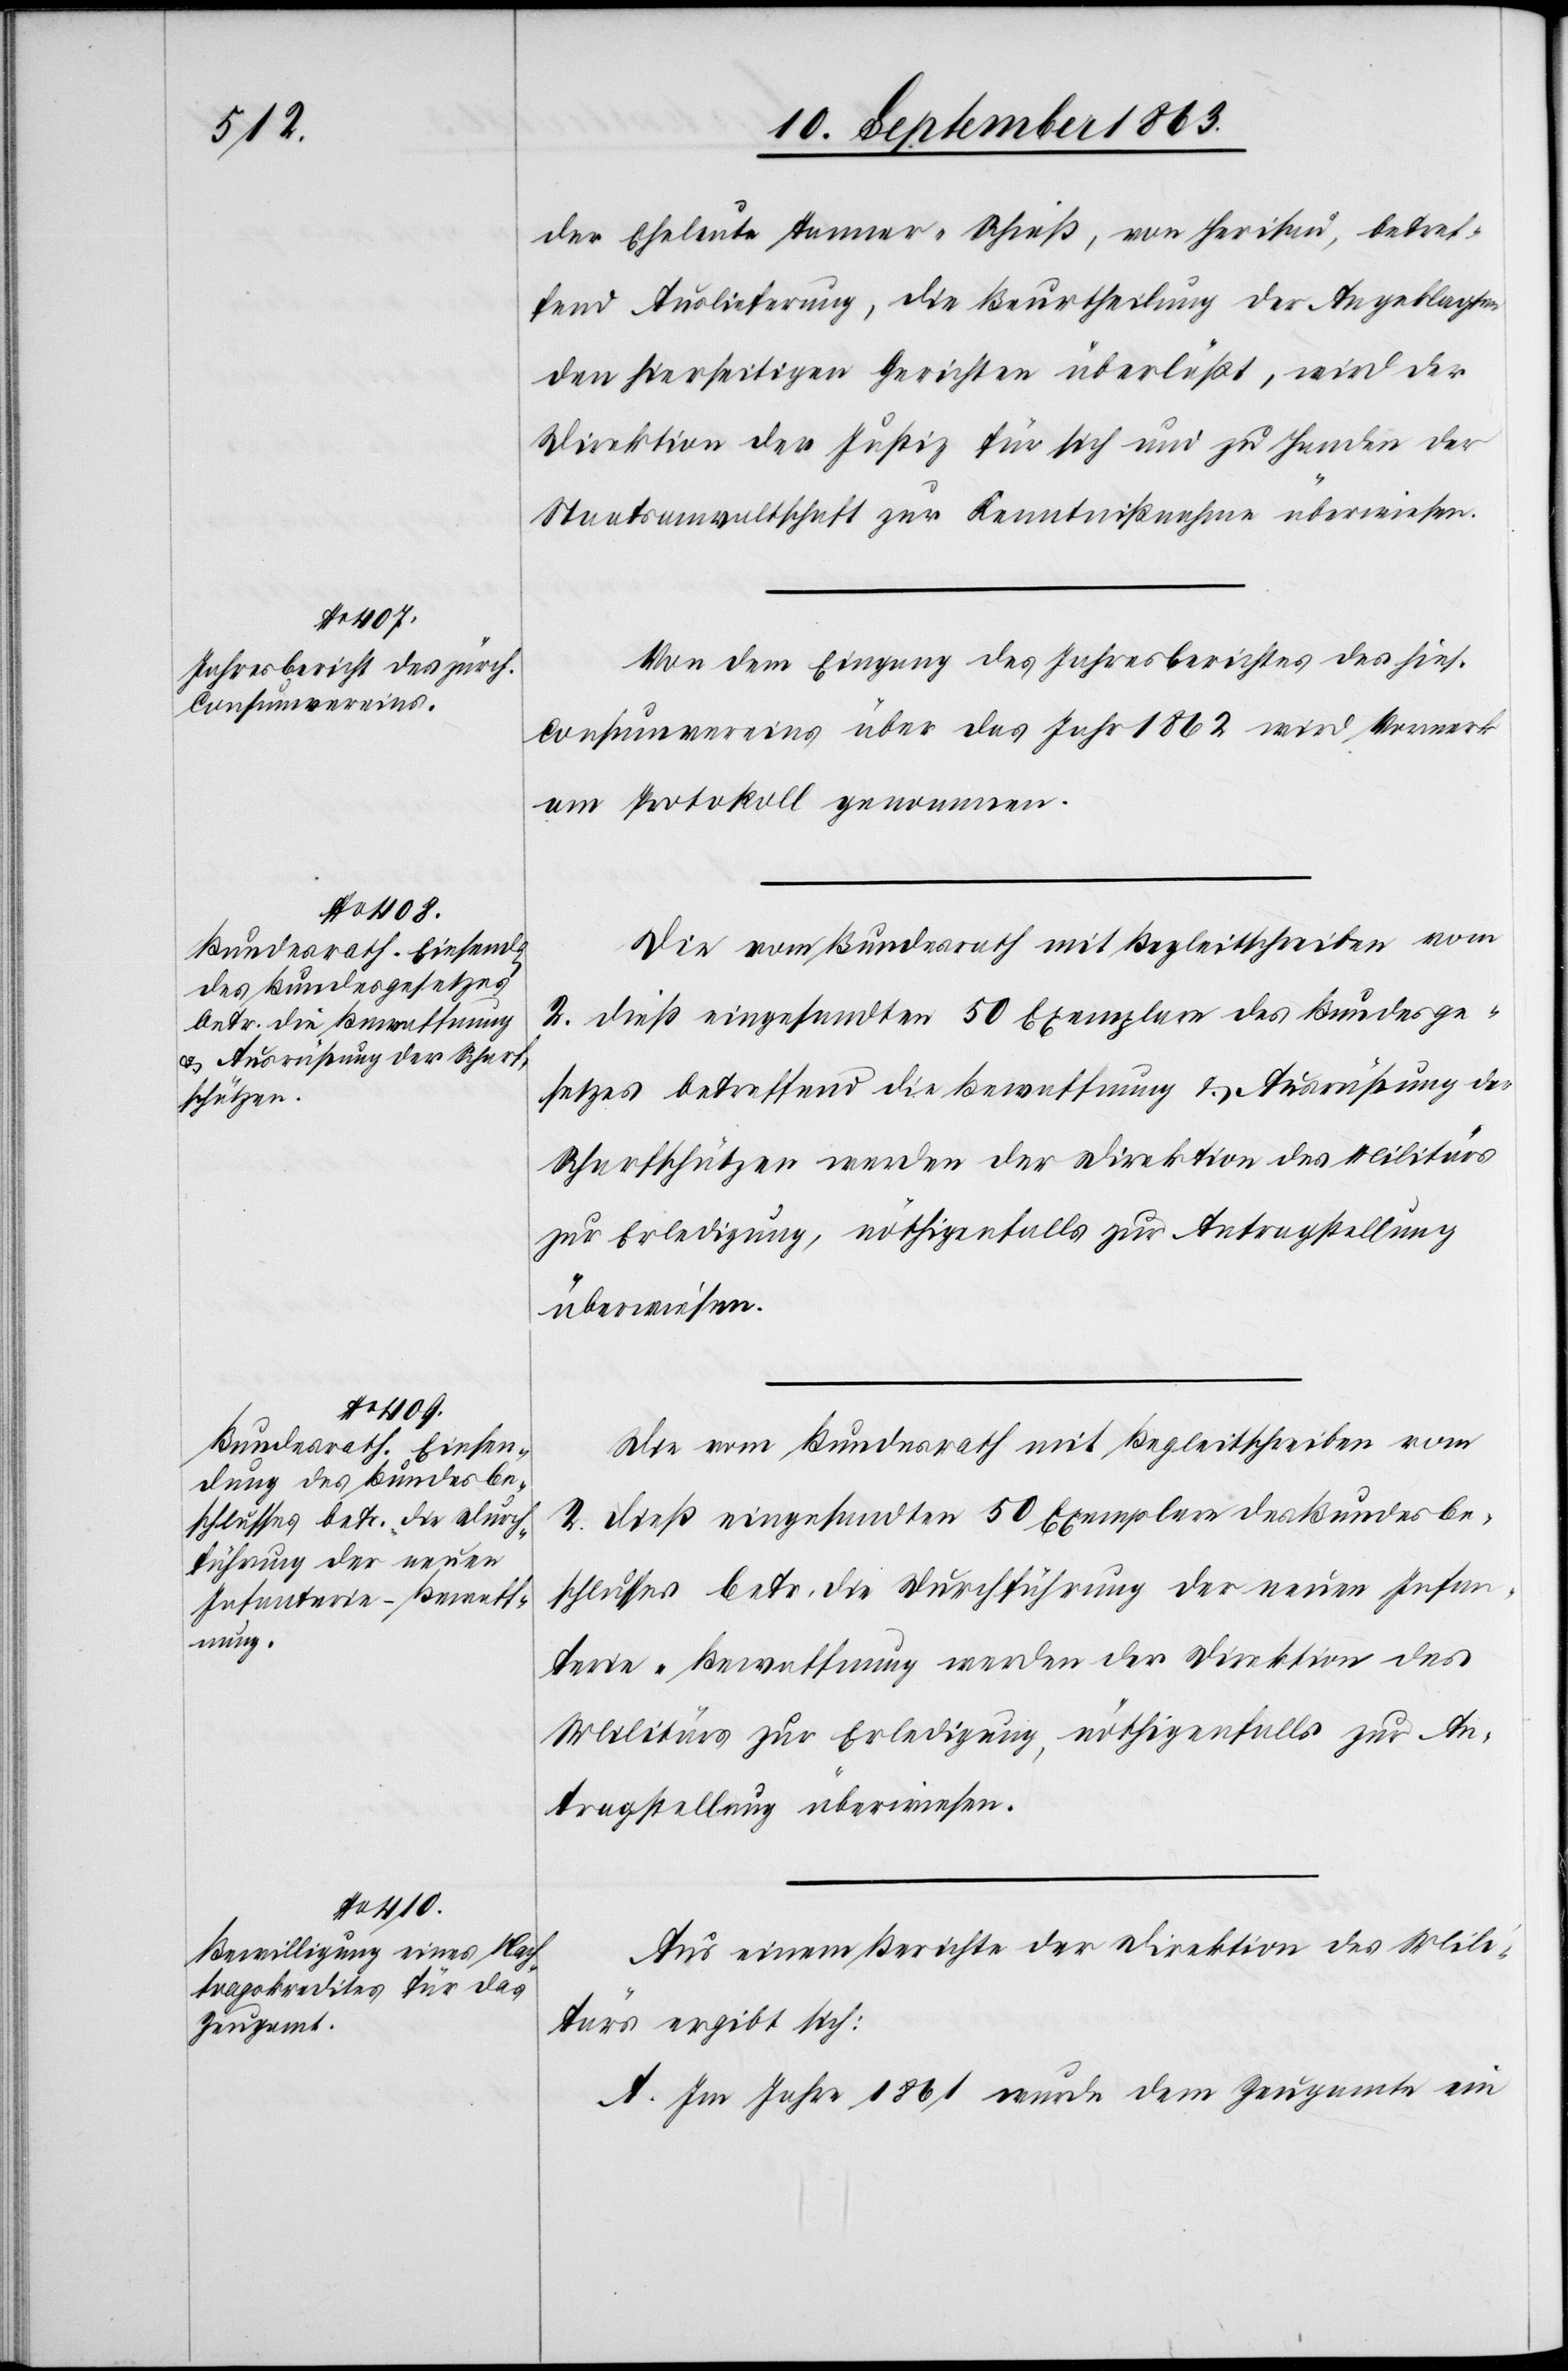
der Eheleute Tanner-Schieß, von Herisau, betref¬
fend Auslieferung, die Beurtheilung der Angeklagten
den hierseitigen Gerichten überläßt, wird der
Direktion der Justiz für sich und zu Handen der
Staatsanwaltschaft zur Kenntnißnahme überwiesen.
Von dem Eingang des Jahresberichtes des hies.
Consumvereins über das Jahr 1862 wird Vormerk
am Protokoll genommen.
Die vom Bundesrath mit Begleitschreiben vom
2. dieß eingesandten 50 Exemplare des Bundesbe¬
setzes betreffend die Bewaffnung & Ausrüstung der
Scharfschützen werden der Direktion des Militärs
zur Erledigung, nöthigenfalls zur Antragstellung
überwiesen.
Die vom Bundesrath mit Begleitschreiben vom
schlusses betr. die Durchführung der neuen Infan¬
terie-Bewaffnung werden der Direktion des
Militärs zur Erledigung, nöthigenfalls zur An¬
tragstellung überwiesen.
Aus einem Berichte der Direktion des Mili¬
tärs ergibt sich:
A. Im Jahre 1861 wurde dem Zeugamte ein